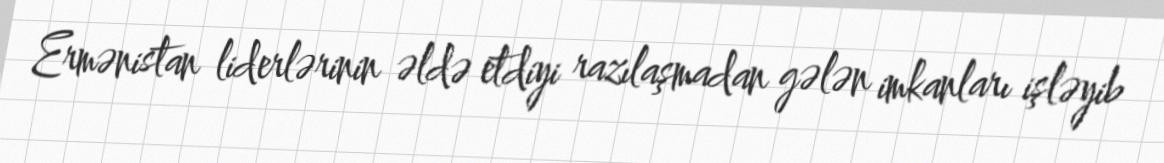
Ermənistan liderlərinin əldə etdiyi razılaşmadan gələn imkanları işləyib